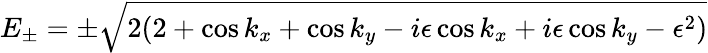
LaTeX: E_{\pm}=\pm\sqrt{2(2+\cos k_{x}+\cos k_{y}-i\epsilon\cos k_{x}+i\epsilon\cos k_{y}-\epsilon^{2})}